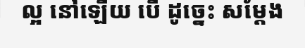
ល្អ នៅឡើយ បើ ដូច្នេះ សម្តែង